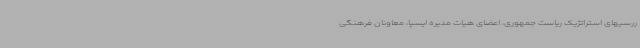
ررسیهای استراتژیک ریاست جمهوری، اعضای هیات مدیره ایسپا، معاونان فرهنگی